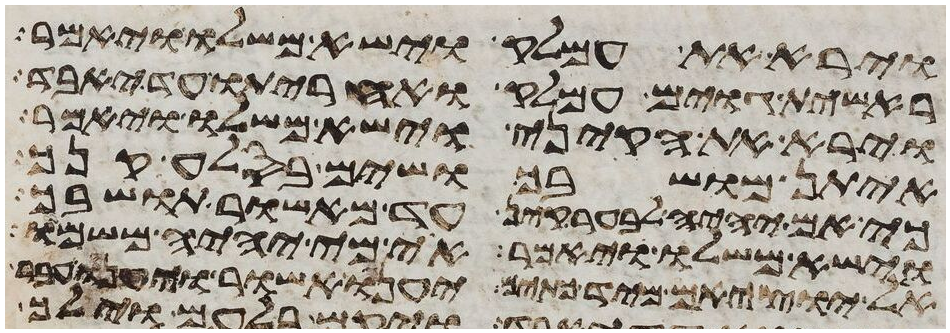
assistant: וירא את עמלק וישא משלו ויאמר
ראשית גוים עמלק ואחריתו עד יאבד
וירא את הקיני וישא משלו ויאמר
איתן מושבך ושים בסלע קנך
כי אם יהיה לבער קין עד מאשור תושבך
וישא משלו ויאמר אוי מי יהיה משמו
אל יוציאם מיד כתים יענו אשור ויענו עבר